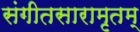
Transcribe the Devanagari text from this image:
संगीतसारामृतम्